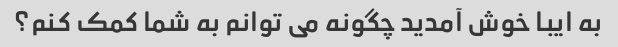
به ایبا خوش آمدید چگونه می توانم به شما کمک کنم؟